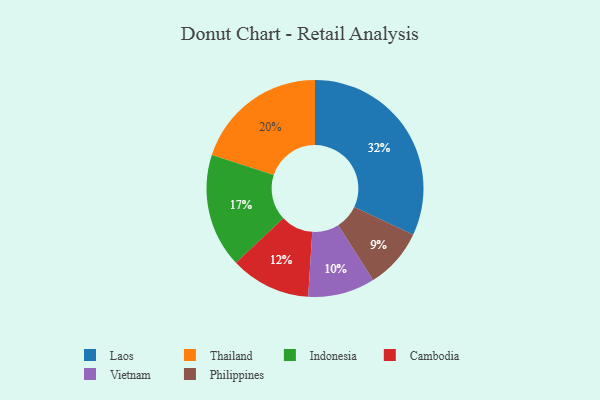
{"axis": {"x": "Category", "y": "Percentage"}, "legend": ["Cambodia", "Indonesia", "Laos", "Philippines", "Thailand", "Vietnam"], "data": [{"x": "Philippines", "y": 9, "type": "Philippines"}, {"x": "Thailand", "y": 20, "type": "Thailand"}, {"x": "Cambodia", "y": 12, "type": "Cambodia"}, {"x": "Indonesia", "y": 17, "type": "Indonesia"}, {"x": "Vietnam", "y": 10, "type": "Vietnam"}, {"x": "Laos", "y": 32, "type": "Laos"}]}